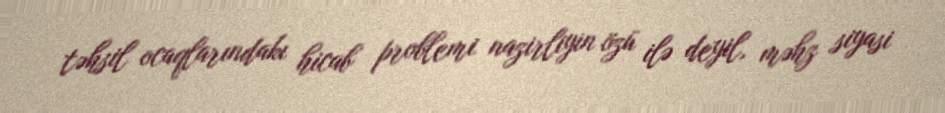
təhsil ocaqlarındakı hicab problemi nazirliyin özü ilə deyil, məhz siyasi